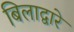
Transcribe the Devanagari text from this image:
बिलाद्वारे